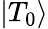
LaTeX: \left|{{T_{0}}}\right\rangle